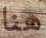
هنا